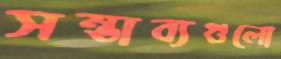
সম্ভাব্যগুলো